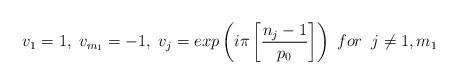
LaTeX: \begin{align*}v_1= 1, \; v_{m_1}=-1, \; v_j= exp \left(i \pi \left[ \frac{n_j-1}{p_0} \right] \right) \; for \;\;j \neq1,m_1\end{align*}